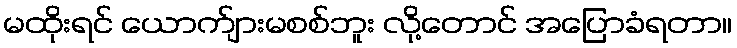
မထိုးရင် ယောက်ျားမစစ်ဘူး လို့တောင် အပြောခံရတာ။